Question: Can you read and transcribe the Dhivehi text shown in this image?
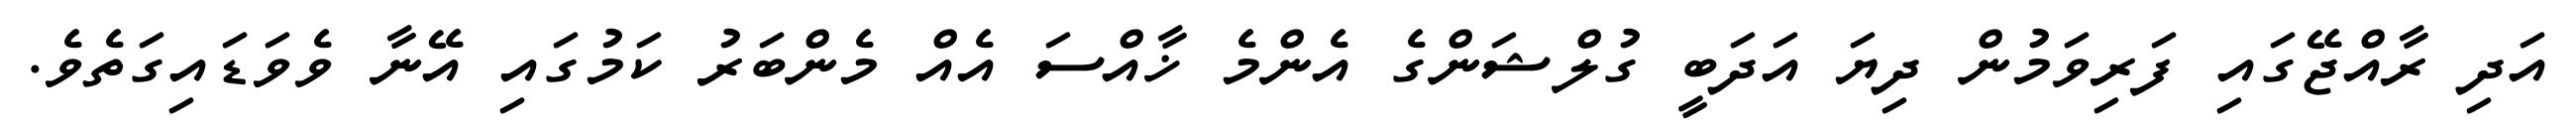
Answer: އަދި ރާއްޖޭގައި ފަރިވަމުން ދިޔަ އަދަބީ ގުލްޝަންގެ އެންމެ ޚާއްސަ އެއް މެންބަރު ކަމުގައި އޭނާ ވެވަޑައިގަތެވެ.